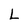
Character: L